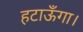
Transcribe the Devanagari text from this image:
हटाऊँगा।